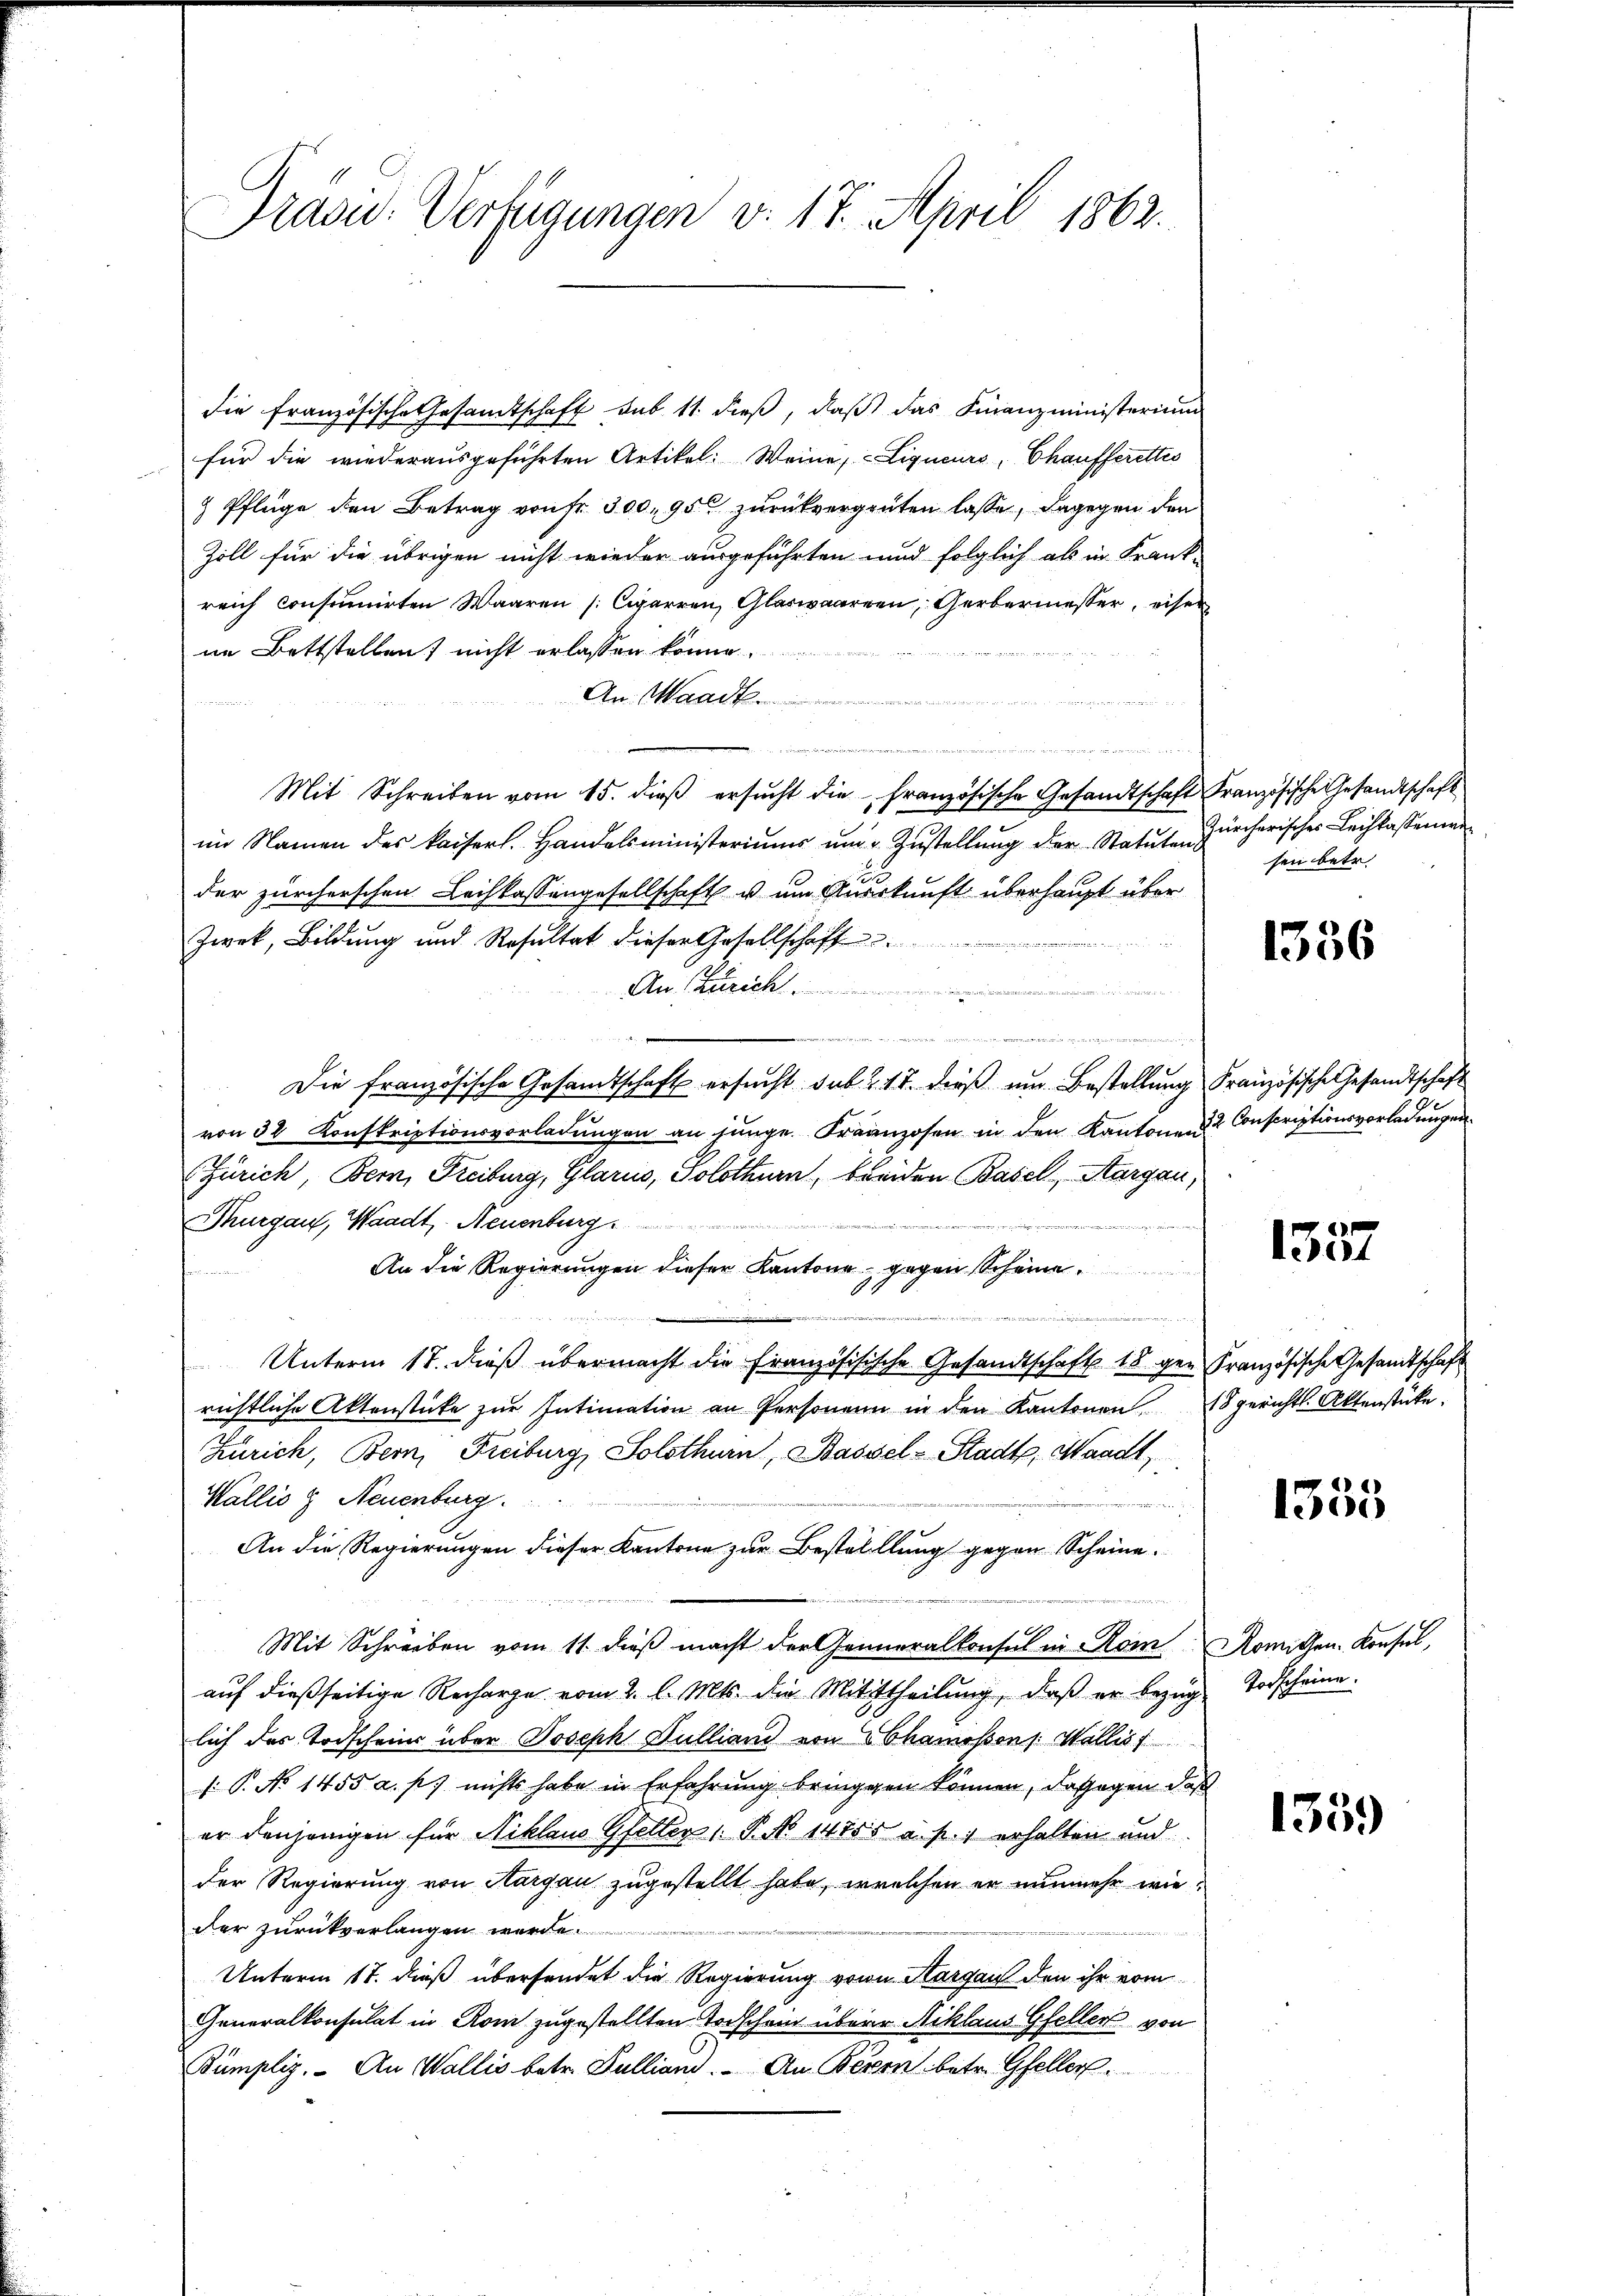
Grasu- Verfügungen v. 17. April 1862.

die französische Gesandtschaft sub 11. dieß, daß das Finanzministerium
für die wiederausgeführten Artikel: Weine, - Ligueurs, Chaufferettes
& Pflüge den Betrag von Fr. 300, 95 zurückvergrüten lasse, dagegen den
Zoll für die übrigen nicht wieder ausgeführten und folglich als in Frank-
reich consumirten Waaren [Cigarren, Glaswaaren, Gerbermesser, eiser
ne Bettstellent nicht erlassen könne.

An: Waadt
enden 17
 einen der
Mit Schreiben vom 15. dieβ ersŭcht die französische Gesandtschaft Französische Gesandtschaft
im Namen des kaiserl. Handelsministeriums und Zustellung der Statute Zürcherischer Leihkassene
der zürcherschen Leihkassengesellschaft u um Auskunft überhaupt über
Zwek, Bildung und Resultat dieser Gesellschaff
wür
Der Rech
wan ich, wenn wir und wenn m
Die französische Gesandtschaft ersucht sub 217. dieß um Bestellung Französische Gesandtschaft
von 32 Konskriptionsvorladungen an junge. Franzosen in den Kantonen 2 Conscriptionsvorladungen
Zürich, Bern, Freiburg, Glarus, Solothurn, Freiden Basel, Aargau,
Thurgau, Waadt, Neuenburg
An die Regierungen dieser Kantone gegen Scheine

Unterm 17. dieβ übermacht die französisische Gesandtschaft 18 ger Französische Gesandtschaft
richtliche Aktenstücke zŭr Intimation an Personen in den Kantonen 18 gerichtl. Aktenstücke.
Zürich, Bern, Freiburg, Solothurn, Bassel-Stadt, Waadt,
Wallis & Neuenburg.
An die Regierungen dieser Kantone zur Bestelllung gegen Scheine.
x
Mit Schreiben vom 11. dieß macht der Generalkonsul in Rom Romithen Konsul,
aŭf dießseitige Recharge vom 2. l. Mts. die Mittheilŭng, daβ er bezŭg Todscheine
lich das Todschein über Joseph Dulliand von Shamossons. Wallis f
 P. No 1455 a. p. nichts habe in Erfahrung bringgen können, dagegen daß
er denjenigen für Niklano Gfeller " P. N 14755 a. p. 1 erhalten und
der Regierung von Aargau zugestellt habe, welchen er nunmehr wieder zurückverlangen werde.
Unterm 17. dieß übersendet die Regierung von Margau den ihr vom
Generalkonsulat in Rom zugestellten Todschain übern Niklaus Gfellen von
Bümpliz. An Wallis betr. Fullian. An Beren betr. Gfeller.

sen betr.

1356

E
1301

1335

1359